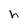
Character: h